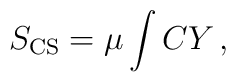
S_{\rm CS} = \mu \int C Y \, ,